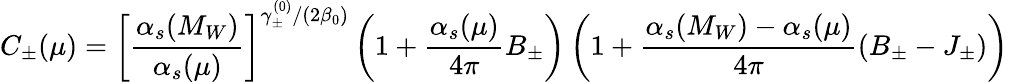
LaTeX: C_{\pm}(\mu)=\left[\frac{\alpha_{s}(M_{W})}{\alpha_{s}(\mu)}\right]^{\gamma_{\pm}^{(0)}/(2\beta_{0})}\left(1+\frac{\alpha_{s}(\mu)}{4\pi}B_{\pm}\right)\left(1+\frac{\alpha_{s}(M_{W})-\alpha_{s}(\mu)}{4\pi}(B_{\pm}-J_{\pm})\right)